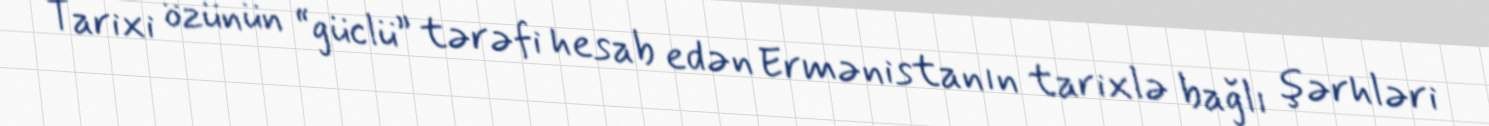
Tarixi özünün “güclü” tərəfi hesab edən Ermənistanın tarixlə bağlı şərhləri